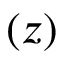
( z )